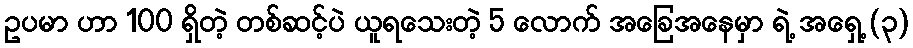
ဥပမာ ဟာ 100 ရှိတဲ့ တစ်ဆင့်ပဲ ယူရသေးတဲ့ 5 လောက် အခြေအနေမှာ ရဲ့ အရှေ့ (၃)